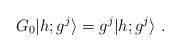
\begin{align*}G_0\vert h;g^j \rangle=g^j \vert h;g^j \rangle{}~.\end{align*}